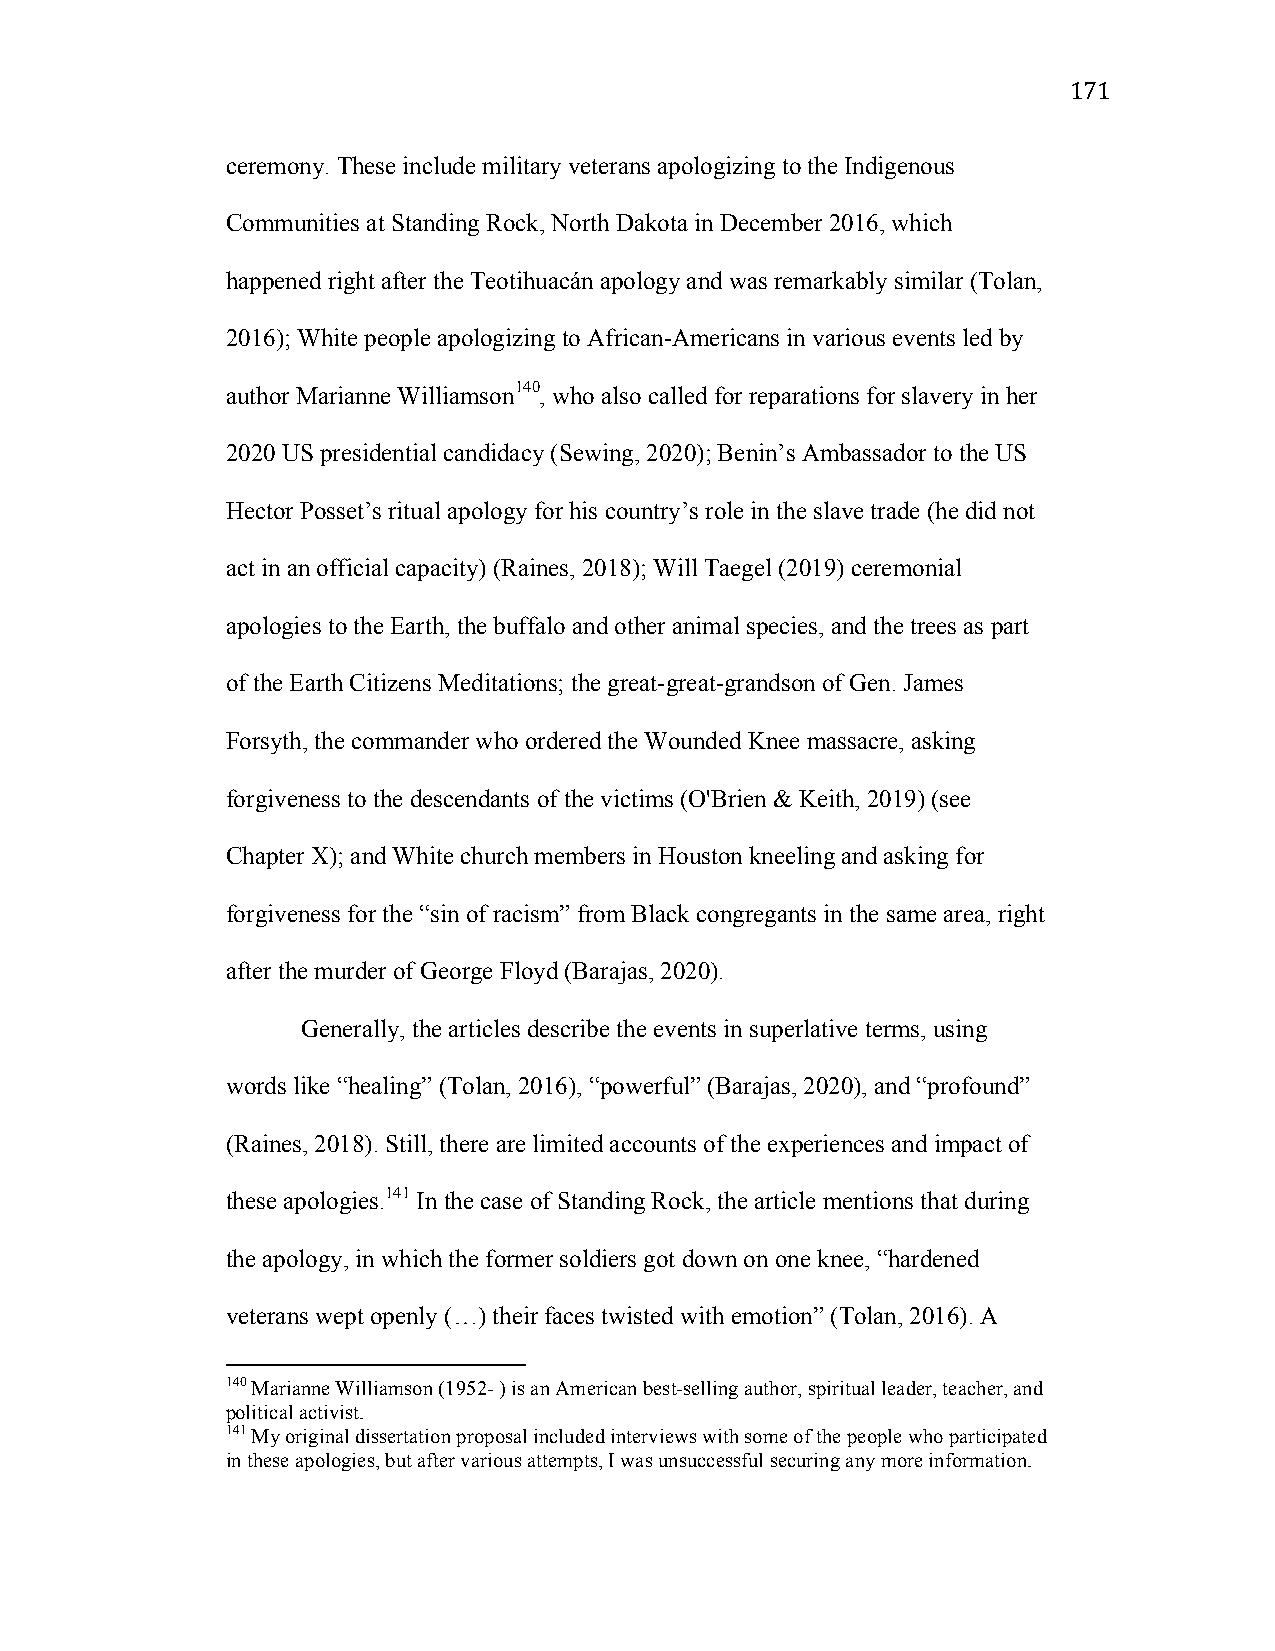
171
 ceremony. These include military veterans apologizing to the Indigenous
 Communities at Standing Rock, North Dakota in December 2016, which
 happened right after the Teotihuacán apology and was remarkably similar (Tolan,
 2016); White people apologizing to African-Americans in various events led by
 author Marianne Williamson140, who also called for reparations for slavery in her
 2020 US presidential candidacy (Sewing, 2020); Benin’s Ambassador to the US
 Hector Posset’s ritual apology for his country’s role in the slave trade (he did not
 act in an official capacity) (Raines, 2018); Will Taegel (2019) ceremonial
 apologies to the Earth, the buffalo and other animal species, and the trees as part
 of the Earth Citizens Meditations; the great-great-grandson of Gen. James
 Forsyth, the commander who ordered the Wounded Knee massacre, asking
 forgiveness to the descendants of the victims (O'Brien & Keith, 2019) (see
 Chapter X); and White church members in Houston kneeling and asking for
 forgiveness for the “sin of racism” from Black congregants in the same area, right
 after the murder of George Floyd (Barajas, 2020).
 Generally, the articles describe the events in superlative terms, using
 words like “healing” (Tolan, 2016), “powerful” (Barajas, 2020), and “profound”
 (Raines, 2018). Still, there are limited accounts of the experiences and impact of
 these apologies.141 In the case of Standing Rock, the article mentions that during
 the apology, in which the former soldiers got down on one knee, “hardened
 veterans wept openly (…) their faces twisted with emotion” (Tolan, 2016). A
 140 Marianne Williamson (1952- ) is an American best-selling author, spiritual leader, teacher, and
 political activist.
 141 My original dissertation proposal included interviews with some of the people who participated
 in these apologies, but after various attempts, I was unsuccessful securing any more information.